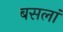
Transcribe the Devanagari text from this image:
बसलां